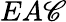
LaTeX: EA\mathscr{C}